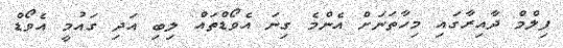
ފިލްމް ދާއިރާގައި މިހާތަނަށް އެންމެ ގިނަ އެވޯޑްތައް ލިބި އަދި ގައުމީ އެވޯޑް